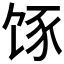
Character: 𮸿